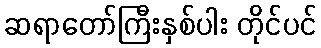
ဆရာတော်ကြီးနှစ်ပါး တိုင်ပင်